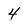
Character: 4